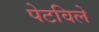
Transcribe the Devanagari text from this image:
पेटविले